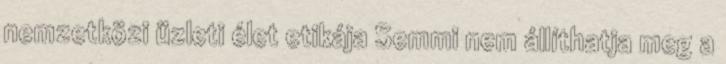
nemzetközi üzleti élet etikája Semmi nem állíthatja meg a